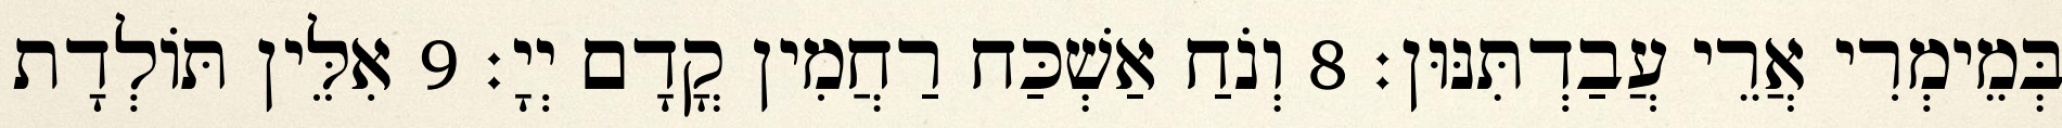
בְּמֵימְרִי אֲרֵי עֲבַדְתִּנּוּן׃ 8 וְנֹחַ אַשְׁכַּח רַחֲמִין קֳדָם יְיָ׃ 9 אִלֵּין תּוֹלְדָת